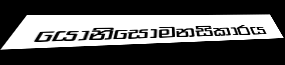
යොනිසොමනසිකාරය